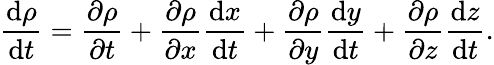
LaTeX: {\frac{\mathrm{d}\rho}{\mathrm{d}t}}={\frac{\partial\rho}{\partial t}}+{\frac{\partial\rho}{\partial x}}{\frac{\mathrm{d}x}{\mathrm{d}t}}+{\frac{\partial\rho}{\partial y}}{\frac{\mathrm{d}y}{\mathrm{d}t}}+{\frac{\partial\rho}{\partial z}}{\frac{\mathrm{d}z}{\mathrm{d}t}}.